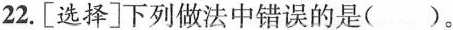
22.[选择]下列做法中错误的是（ ）。